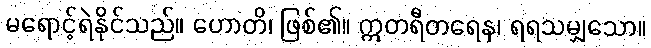
မရောင့်ရဲနိုင်သည်။ ဟောတိ၊ ဖြစ်၏။ ဣတရီတရေန၊ ရရသမျှသော။